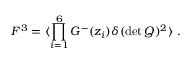
F ^ { 3 } = \langle \prod _ { i = 1 } ^ { 6 } G ^ { - } ( z _ { i } ) \delta ( \operatorname * { d e t } Q ) ^ { 2 } \rangle \ .